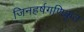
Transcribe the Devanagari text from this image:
जिनहर्षगणिकृत